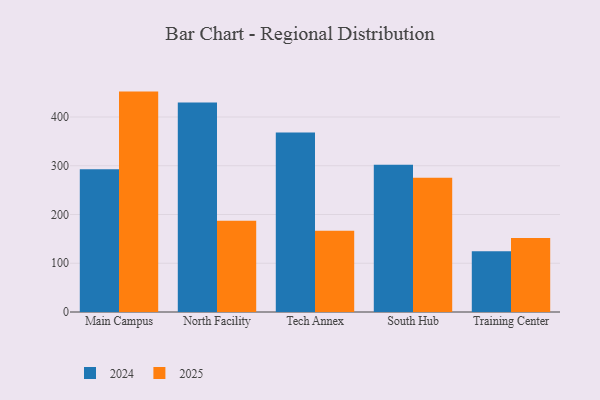
{"axis": {"x": "Campus", "y": "Operating Costs (USD K)"}, "legend": ["2024", "2025"], "data": [{"x": "Main Campus", "y": 292.8, "type": "2024"}, {"x": "Main Campus", "y": 452.1, "type": "2025"}, {"x": "North Facility", "y": 429.9, "type": "2024"}, {"x": "North Facility", "y": 187.3, "type": "2025"}, {"x": "Tech Annex", "y": 368.3, "type": "2024"}, {"x": "Tech Annex", "y": 166.8, "type": "2025"}, {"x": "South Hub", "y": 301.9, "type": "2024"}, {"x": "South Hub", "y": 275.4, "type": "2025"}, {"x": "Training Center", "y": 124.7, "type": "2024"}, {"x": "Training Center", "y": 151.6, "type": "2025"}]}